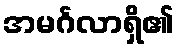
အမင်္ဂလာရှိ၏